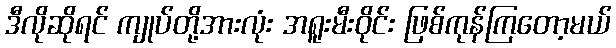
ဒီလိုဆိုရင် ကျုပ်တို့အားလုံး အရူးမီးဝိုင်း ဖြစ်ကုန်ကြတော့မယ်